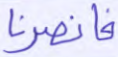
فانصرنا